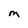
Character: m